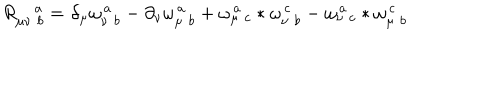
LaTeX: R _ { \mu \nu \, \, b } ^ { \quad a } = \partial _ { \mu } \omega _ { \nu \, \, b } ^ { \, a } - \partial _ { \nu } \omega _ { \mu \, \, b } ^ { \, a } + \omega _ { \mu \, \, c } ^ { \, a } \ast \omega _ { \nu \, \, b } ^ { \, c } - \omega _ { \nu \, \, c } ^ { \, a } \ast \omega _ { \mu \, \, b } ^ { \, c }